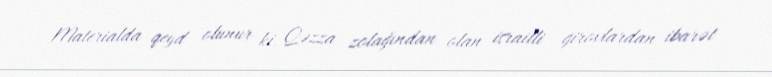
Materialda qeyd olunur ki, Qəzza zolağından olan israilli girovlardan ibarət